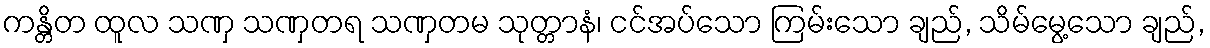
ကန္တိတ ထူလ သဏှ သဏှတရ သဏှတမ သုတ္တာနံ၊ ငင်အပ်သော ကြမ်းသော ချည်, သိမ်မွေ့သော ချည်,